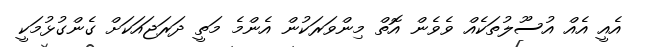
އެއީ އެއް އުސޫލުތަކެއް ވެވެން އޮތް މިންވަރަކުން އެންމެ މަތީ ދަރަޖައަކަށް ގެންގުޅުމަކީ